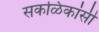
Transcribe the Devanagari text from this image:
सकळिकांसी